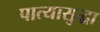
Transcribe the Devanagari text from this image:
पात्यासुद्धा